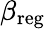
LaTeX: \beta_{\mathrm{reg}}